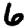
Digit: 6